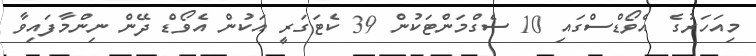
މިއަހަރުގެ އެވޯޑްސްގައި 10 ސެގްމަންޓަކުން 39 ކެޓަގަރީ އަކުން އެވޯޑް ދޭން ނިންމާފައިވާ